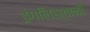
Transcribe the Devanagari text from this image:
इंगलिस्तानी